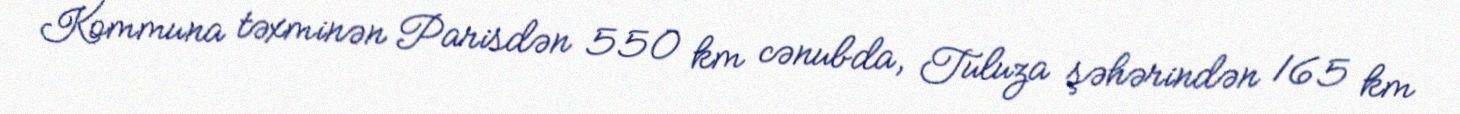
Kommuna təxminən Parisdən 550 km cənubda, Tuluza şəhərindən 165 km